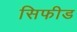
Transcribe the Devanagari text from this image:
सिफीड